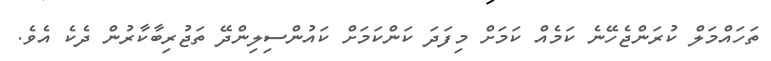
ތަހައްމަލް ކުރަންޖެހޭނެ ކަމެއް ކަަމަށް މިފަދަ ކަންކަމަށް ކައުންސިލިންދޭ ތަޖުރިބާކާރުން ދެކެ އެވެ.